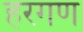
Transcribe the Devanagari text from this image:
हरगण